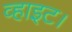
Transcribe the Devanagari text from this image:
व्हाइट।